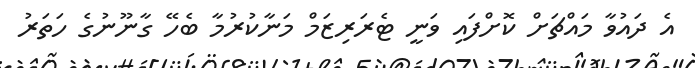
އެ ދައުވާ މައްޗަށް ކޮށްފައި ވަނީ ޓެރަރިޒަމް މަނާކުރުމާ ބެހޭ ގާނޫނުގެ ހަތަރު